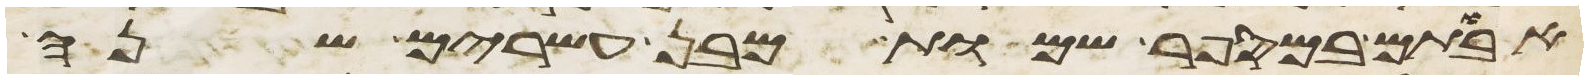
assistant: אבותם במספר שמות מבן עשרים שנה